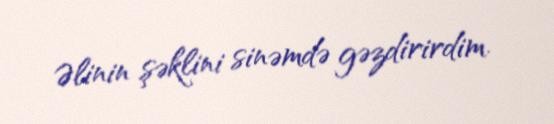
Əlinin şəklini sinəmdə gəzdirirdim.